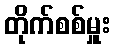
တိုက်စစ်မှူး